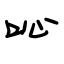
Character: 吣